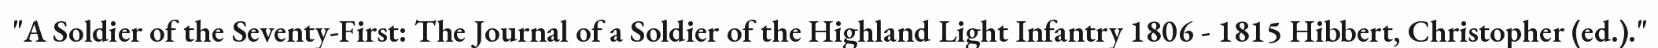
"A Soldier of the Seventy-First: The Journal of a Soldier of the Highland Light Infantry 1806 - 1815 Hibbert, Christopher (ed.)."